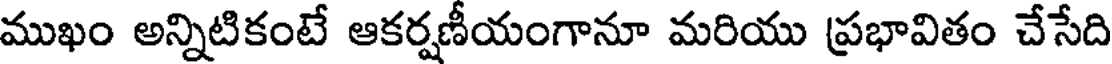
ముఖం అన్నిటికంటే ఆకర్షణీయంగానూ మరియు ప్రభావితం చేసేది